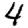
Digit: 4